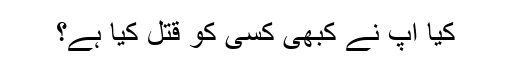
کیا آپ نے کبھی کسی کو قتل کیا ہے؟